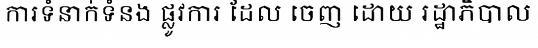
ការទំនាក់ទំនង ផ្លូវការ ដែល ចេញ ដោយ រដ្ឋាភិបាល